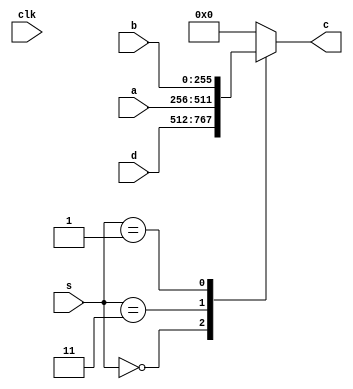
module mux2(c,a,b,d,s,clk);
  input [255:0]a,b,d;
  
  input [1:0]s;
  input clk;
  output reg [255:0]c;
  always @(s)
  begin 
   
  case(s)
    2'b00:c=d;//2p
    2'b11:c=a;//mux
    2'b01:c=b;//p
    default :c=256'b0;
  endcase
  end
endmodule